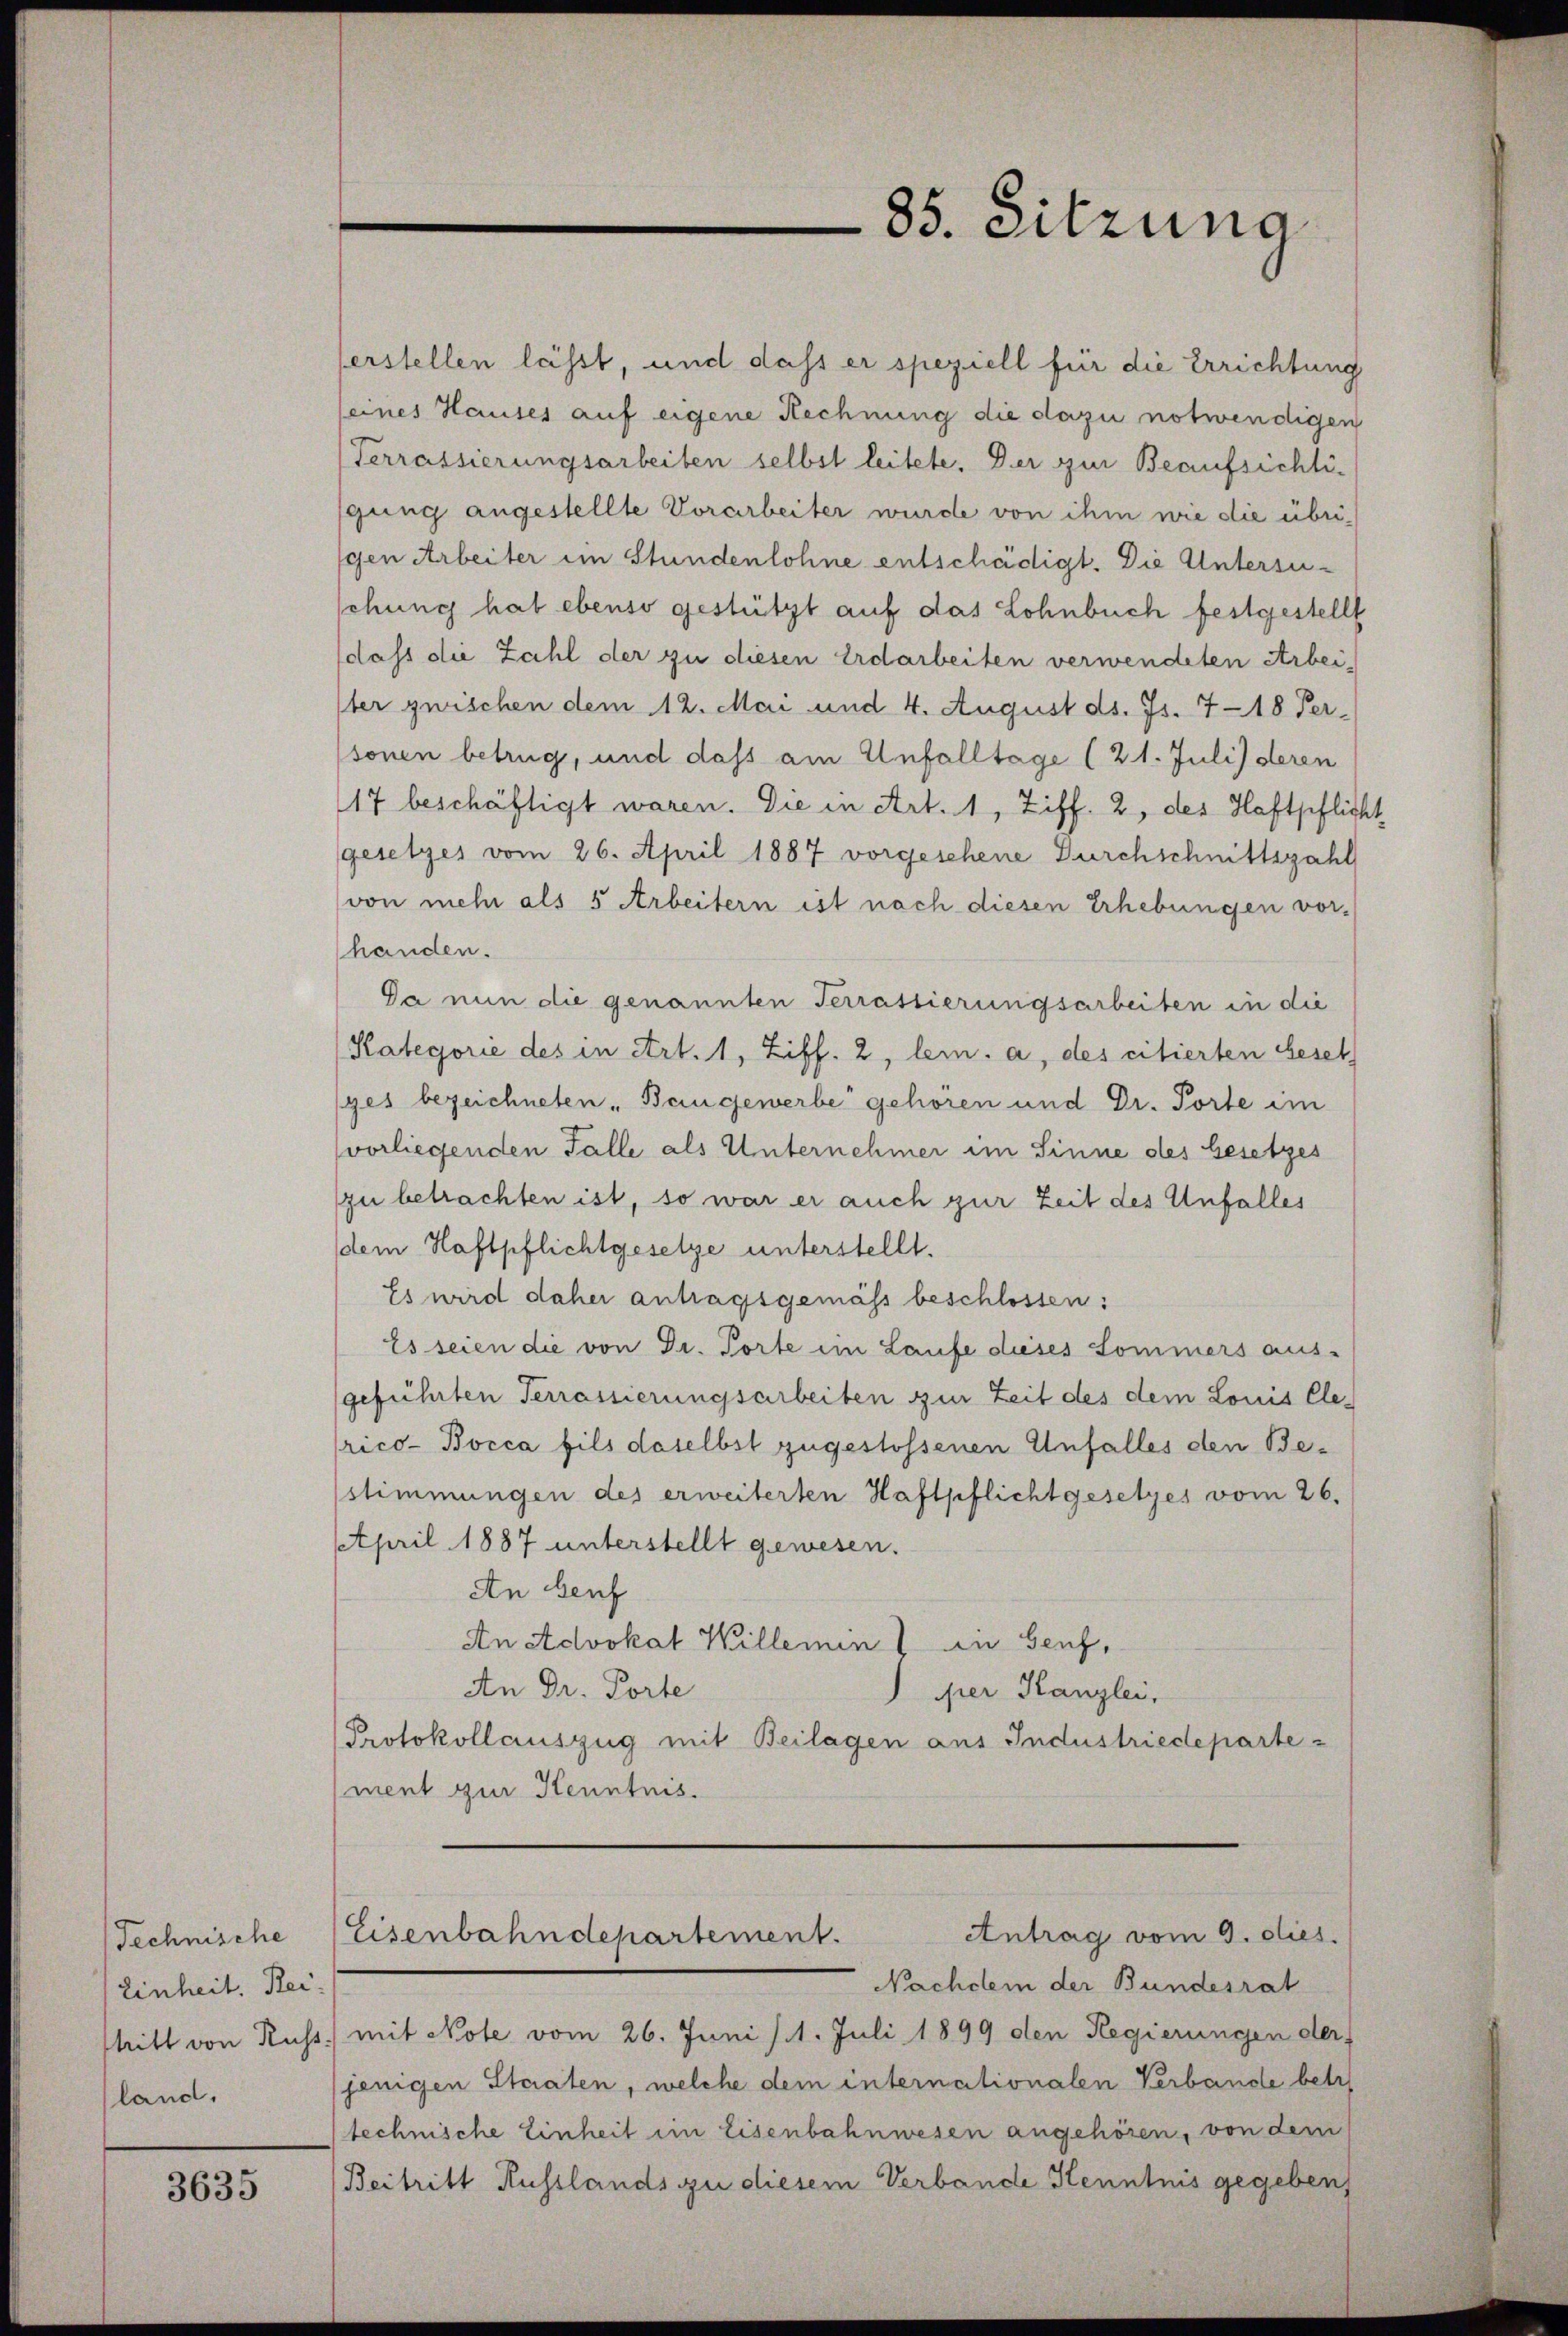
Technische
Einheit. Reiland.

3635

serstellen lässt, und dass er speziell für die Errichtung
seines Hauses auf eigene Rechnung die dazu notwendigen
Terrassierungsarbeiten selbst leitete. Der zur Beaufsichtigung angestellte Vorarbeiter wurde von ihm wie die übrigen Arbeiter im Stundenlohne entschädigt. Die Untersusehung hat ebenso gestützt auf das Lohnbuch festgestellt
dass die Zahl der zu diesen Erdarbeiten verwendeten Arbei-
Iter zwischen dem 12. Mai und 4. August ds. Js. 718 Per-
(sonen betrug, und dass am Unfalltage (21. Juli) deren
17 beschäftigt waren. Die in Art. 1, Ziff. 2, des Haftpflicht
gesetzes vom 26. April 1887 vorgesehene Durchschnittszahl
von mehr als 5 Arbeitern ist nach diesen Erhebungen vorhanden.
Da nun die genannten Terrassierungsarbeiten in die
Kategorie des in Art. 1, Ziff. 2, lein. a, des citierten Geset
ges bezeichneten „Baugewerbe gehören und Dr. Torte im
vorliegenden Falle als Unternehmer im Sinne des besetzes
zu betrachten ist, so war er auch zur Zeit des Unfalles
(dem Haftpflichtgesetze unterstellt.
Es wird daher antragsgemäss beschlossen:
Es seien die von Dr. Torte im Laufe dieses Sommers aus-
geführten Terrassierungsarbeiten zur Zeit des dem Louis Ele-
rico- Borca fils daselbst zugestossenen Unfalles den Bestimmungen des erweiterten Haftpflichtgesetzes vom 26.
April 1887 unterstellt gewesen.
An beif
An Advokat Willemin die Genf,
An Dr. Porte
per Kanzlei,
Protokollauszug mit Beilagen aus Industriedepartement zur Kenntnis.

85. Sitzung

Antrag vom 9. dies.
Eisenbahndepartement.

Nachdem der Bundesrat
hitt von Russ) mit Note vom 26. Juni /1. Juli 1899 den Regierungen der
jenigen Staaten, welche dem internationalen Verbande betr.
technische Einheit im Eisenbahnwesen angehören, von dem
Beitritt Russlands zu diesem Verbande Kenntnis gegeben